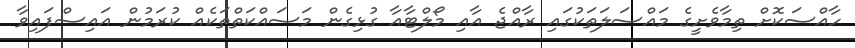
ހާއްސަކޮށް ތިމާވެށީގެ މައްސަލަތަކުގައި ރާއްޖެ އާއި މޯލްޓާއާ ގުޅިގެން މަސައްކަތްތަކެއް ކުރަމުން އައިސްފައިވާ